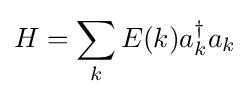
H=\sum _{k}E(k)a_{k}^{\dagger }a_{k}